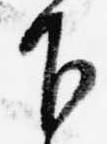
下